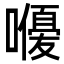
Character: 𭋨